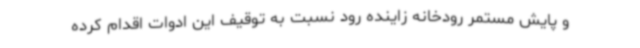
و پایش مستمر رودخانه زاینده رود نسبت به توقیف این ادوات اقدام کرده